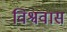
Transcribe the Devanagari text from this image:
विश्ववास